Mental hospitals Bombay report 1921-28 - 1921-1928
Year: 1921
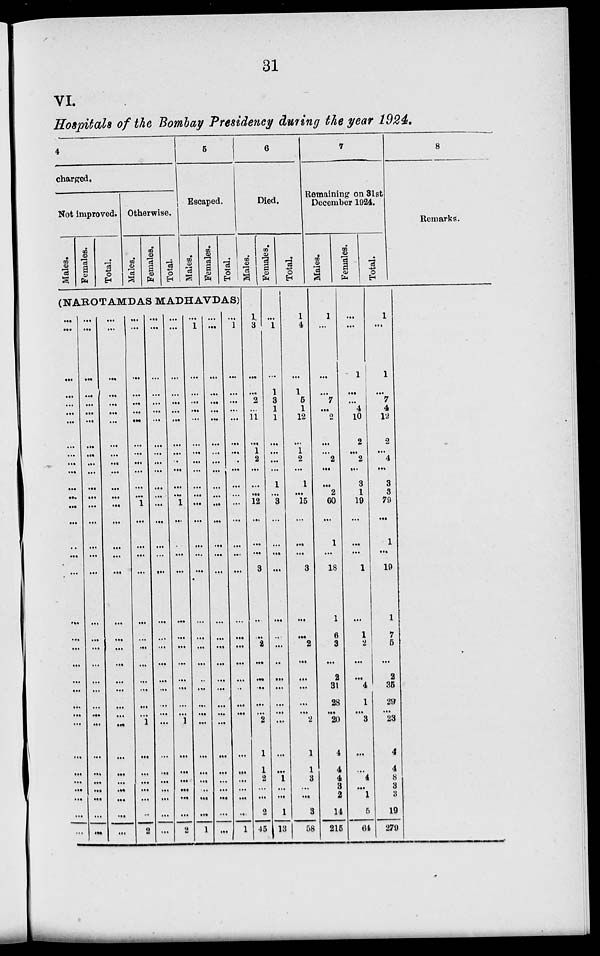
31
VI.
Hospitals of the Bombay Presidency during the year 1924.
4
charged.
Not improved.
Males.
Females.
Total.
Otherwise.
Males.
Females.
Total.
5
Escaped.
Males.
Females.
Total.
(NAROTAMDAS MADHAVDAS)
...
...
...
...
...
...
...
...
...
...
...
...
...
...
...
...
...
...
...
...
...
...
...
...
...
...
...
...
...
...
...
...
...
...
...
...
...
...
...
...
...
...
...
...
...
...
...
...
...
...
...
...
...
...
...
...
...
...
...
...
...
...
...
...
...
...
...
...
...
...
...
...
...
...
...
...
...
...
...
...
...
...
...
...
...
...
...
...
...
...
...
...
...
...
...
...
...
...
...
...
...
...
...
...
...
...
...
...
...
...
...
...
...
...
...
1
...
...
...
...
...
...
...
...
...
...
...
...
1
...
...
...
...
...
...
2
...
...
...
...
...
...
...
...
...
...
...
...
...
...
...
...
...
...
...
...
...
...
...
...
...
...
...
...
...
...
...
...
...
...
...
...
...
...
...
...
...
...
...
...
...
...
...
1
...
...
...
...
...
...
...
...
...
...
...
...
1
...
...
...
...
...
...
2
...
1
...
...
...
...
...
...
...
...
...
...
...
...
...
...
...
...
...
...
...
...
...
...
...
...
...
...
...
...
...
...
...
1
...
...
...
...
...
...
...
...
...
...
...
...
...
...
...
...
...
...
...
...
...
...
...
...
...
...
...
...
...
...
...
...
...
...
...
1
...
...
...
...
...
...
...
...
...
...
...
...
...
...
...
...
...
...
...
...
...
...
...
...
...
...
...
...
...
...
...
1
6
Died.
Males.
1
3
...
...
2
...
11
...
1
2
...
...
...
12
...
...
...
3
...
...
2
...
...
...
...
...
2
1
1
2
...
...
2
45
Females.
...
1
...
1
3
1
1
...
...
...
...
1
...
3
...
...
...
...
...
...
...
...
...
...
...
...
...
...
...
1
...
...
1
13
Total.
1
4
...
1
5
1
12
...
1
2
...
1
...
15
...
...
...
3
...
...
2
...
...
...
...
...
2
1
1
3
...
...
3
58
7
Remaining on 31st
December 1924.
Males.
1
...
...
...
7
...
2
...
...
2
...
...
2
60
...
1
...
18
1
6
3
...
2
31
28
...
20
4
4
4
3
2
14
215
Females.
...
...
1
...
...
4
10
2
...
2
...
3
1
19
...
...
...
1
...
1
2
...
...
4
1
...
3
...
...
4
...
1
5
64
Total.
1
...
1
...
7
4
12
2
...
4
...
3
3
79
...
1
...
19
1
7
5
...
2
35
29
...
23
4
4
8
3
3
19
279
8
Remarks.